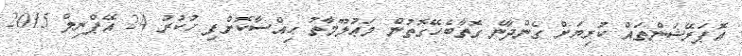
އޮޕަރޭޝަންތައް ކުރިޔަށް ގެންދާނެ ގޮތާބެހޭގޮތުން މަޢުލޫމާތު ޙިއްސާކޮށްފި ހުކުރު 24 އޭޕްރިލް 2015